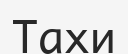
Тахи